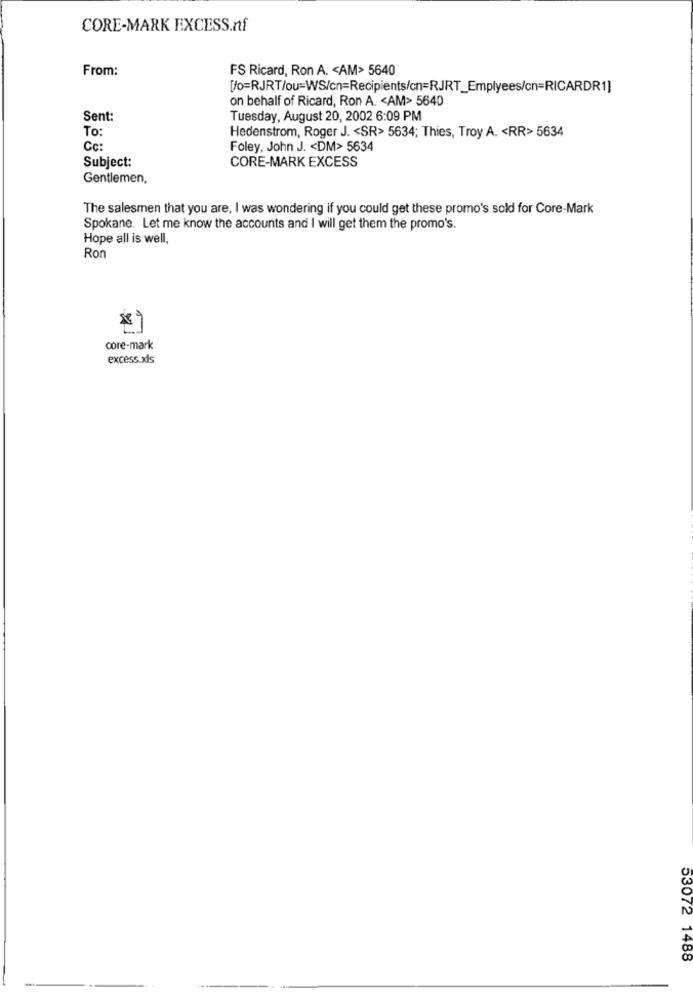
CORE-MARK EXCESS.nf
From:
FS Ricard, Ron A. < AM> 5640
[/o=RJRT/ou=WS/cn=Recipients/cn=RJRT_Emplyees/cn=RICARDR1]
on behalf of Ricard, Ron A. < AM> 5640
Sent:
Tuesday, August 20, 2002 6:09 PM
To:
Hedenstrom, Roger J. < SR> 5634; Thies, Troy A. < RR> 5634
Cc:
Foley, John J. < DM> 5634
Subject:
CORE-MARK EXCESS
Gentlemen,
The salesmen that you are, I was wondering if you could get these promo's sold for Core-Mark
Spokane. Let me know the accounts and I will get them the promo's.
Hope all is well,
Ron
core-mark
excess.xls
53072 1488